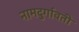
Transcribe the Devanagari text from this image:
नामदुर्गावती